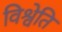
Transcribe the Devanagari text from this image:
विश्वेति